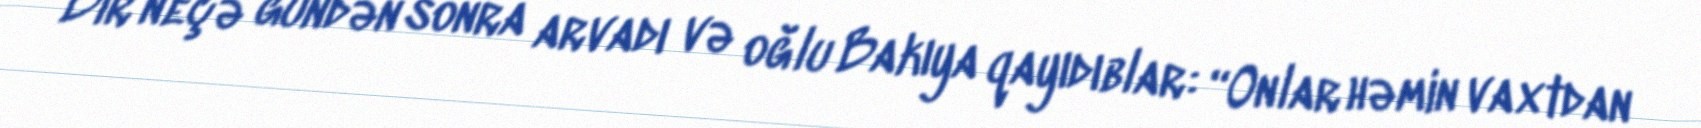
Bir neçə gündən sonra arvadı və oğlu Bakıya qayıdıblar: “Onlar həmin vaxtdan